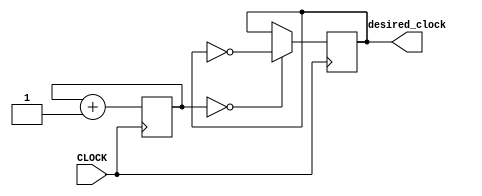
`timescale 1ns / 1ps
//////////////////////////////////////////////////////////////////////////////////
// Company: 
// Engineer: 
// 
// Design Name: 
// Module Name: sub_task_2_F_on
// Project Name: 
// Target Devices: 
// Tool Versions: 
// Description: 
// 
// Dependencies: 
// 
// Revision:
// Revision 0.01 - File Created
// Additional Comments:
// 
//////////////////////////////////////////////////////////////////////////////////


module sub_task_2_F_on(input CLOCK, output desired_clock);

    reg [22:0] COUNT = 0;
    reg desired = 0;
    
    always @ (posedge CLOCK) begin
        COUNT <= COUNT + 1;
        desired <= ( COUNT == 4'b0000 ) ? ~desired : desired;
    end
    
    assign desired_clock = desired;
    
endmodule